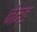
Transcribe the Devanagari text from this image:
नेम्‍ड